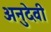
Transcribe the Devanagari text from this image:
अनुदेवी